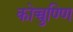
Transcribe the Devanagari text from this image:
कोच्चुण्णि